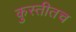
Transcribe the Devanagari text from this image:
कुस्तीतच